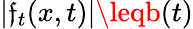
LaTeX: |\mathfrak{f}_{t}(x,t)|\leqb(t)